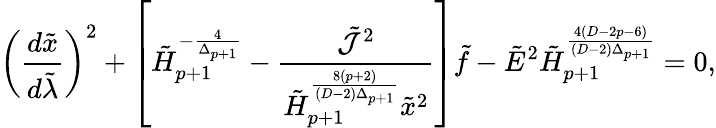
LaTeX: \left({\frac{d\tilde{x}}{d\tilde{\lambda}}}\right)^{2}+\left[\tilde{H}_{p+1}^{-{\frac{4}{\Delta_{p+1}}}}-{\frac{\tilde{\cal J}^{2}}{\tilde{H}_{p+1}^{\frac{8(p+2)}{(D-2)\Delta_{p+1}}}\tilde{x}^{2}}}\right]\tilde{f}-\tilde{E}^{2}\tilde{H}_{p+1}^{\frac{4(D-2p-6)}{(D-2)\Delta_{p+1}}}=0,